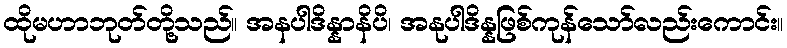
ထိုမဟာဘုတ်တို့သည်။ အနပါဒိန္နာနိပိ၊ အနုပါဒိန္နဖြစ်ကုန်သော်လည်းကောင်း။